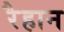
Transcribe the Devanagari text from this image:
रैहान